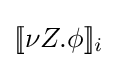
[\![\nu Z.\phi ]\!]_{i}